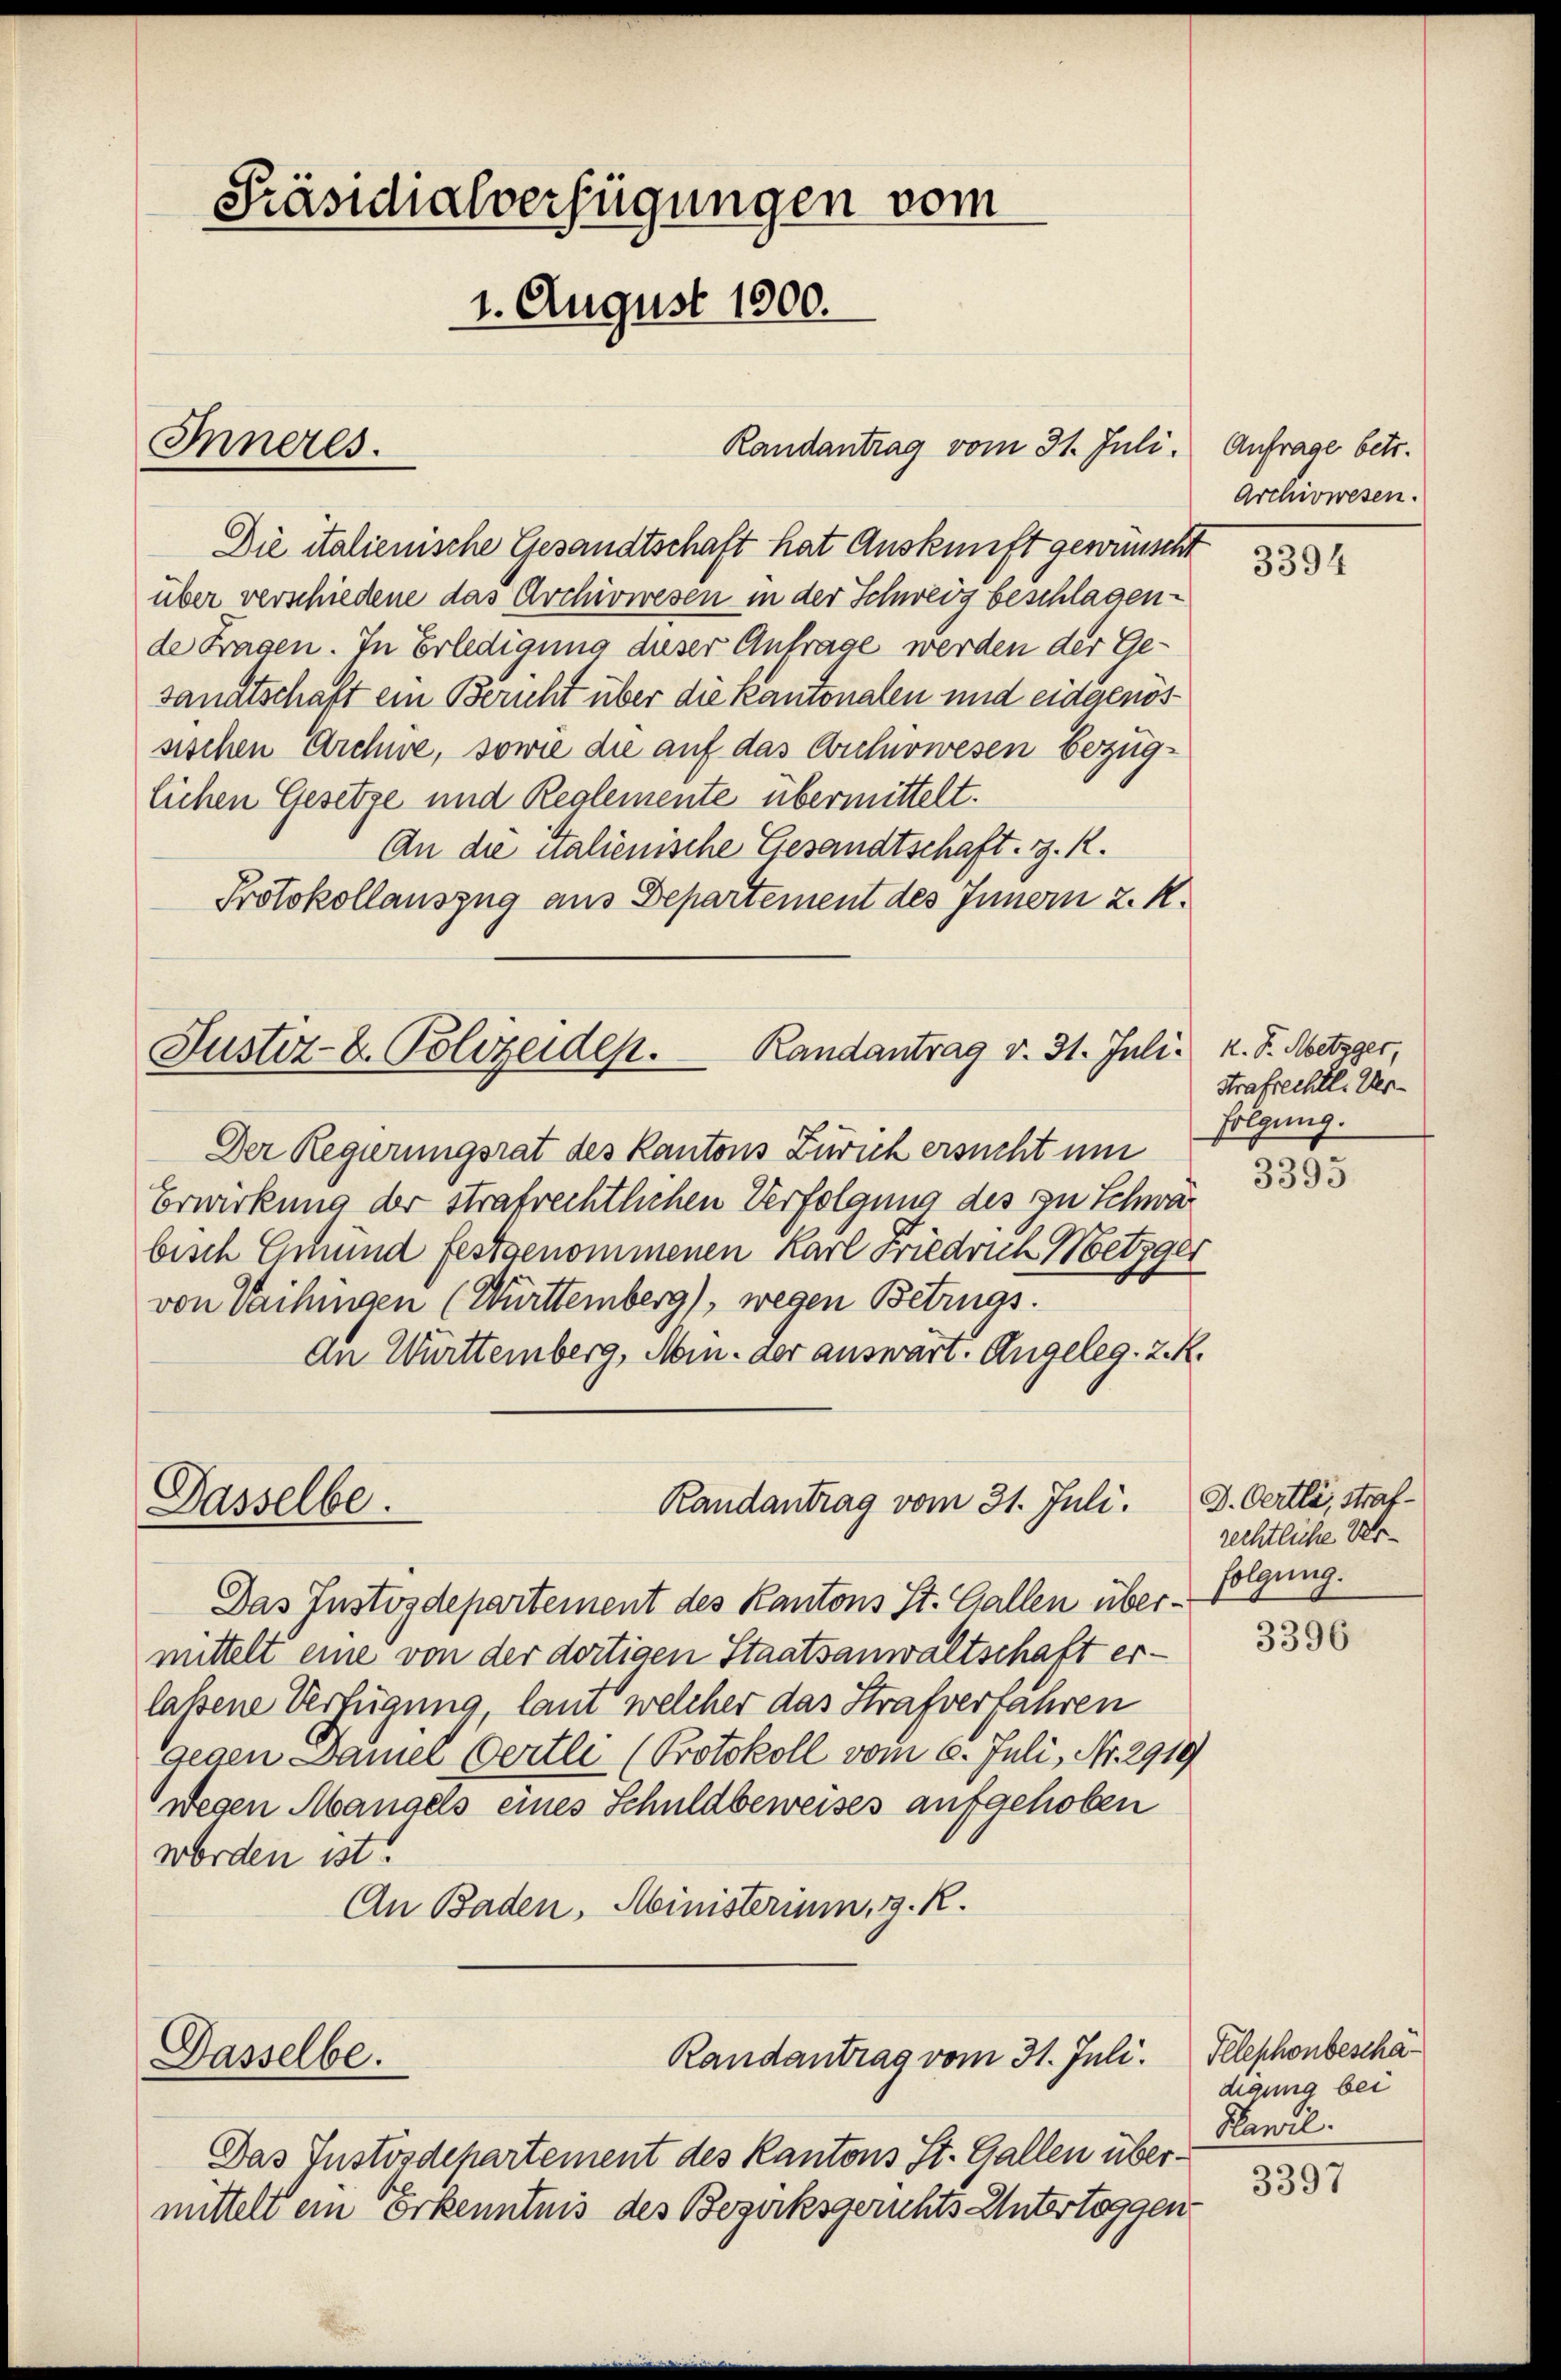
Randantrag vom 31. Juli.
Die italienische Gesandtschaft hat Auskunft gewünscht
über verschiedene das Archivwesen in der Schweiz beschlagen
de Fragen. In Erledigung dieser Antrage werden der Ge-
sandtschaft ein Bericht über die Kantonalen und eidgenössischen Archwe, sowie die auf das Aichnewesen bezüglichen Gesetze und Reglemente übermittelt.
An die nalienische Gesandtschaft, z. R.
Protokollauszug aus Departement des Innern z. R.
Der Regierungsrat des Kantons Zürich ersucht um
Erwirkung der Strafrechtlichen Verfolgung des zu Schwar
bisch Gmund festgenommenen Karl Friedruck Wetzger
von Vaihingen (Württemberg), wegen Betrugs.
An Württemberg, Min. der auswärt. Angeleg. z. R.
Randantrag vom 31. Juli.
Dasselbe.
Das Justizdepartement des Kantons St. Gallen übermittelt eine von der dortigen Staatsanwaltschaft erlaßene Verfügung, laut welcher das Strafverfahren
Gegen Damer Oertli (Protokoll vom 6. Juli, Nr. 2919
wegen Mangels eines Schuldbeweises aufgehoben
worden ist.
An Baden, Ministerium, z. R.

Inneres.

Präsidialverfügungen vom
1. August 1900.

Justiz- u. Polizeiden.  Randantrag v. 31. Juli K. S. Metzger,

Dasselbe.

Das Justosdepartement des Kantons St. Gallen übermittelt ein erkenntnis des Bezirksgerichts Untertoggen

Randantrag vom 31. Juli. Telephonbeschä¬

Anfrage betr.
Archivwesen.

3394

Strafrechtl. Verfolgung.
3395

J. Oertl, Straf-
rechtliche Verfolgung.

3396

digung bei
Hawil.

3397